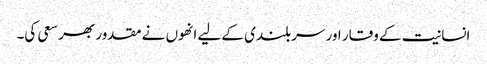
انسانیت کے وقار اور سربلندی کے لیے انھوں نے مقدور بھر سعی کی۔